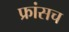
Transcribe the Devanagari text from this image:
फ्रांसच